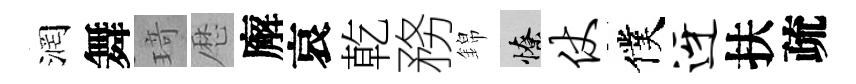
润舞𤦺厯廨哀乾務錦憭仗僕迓扶疏